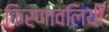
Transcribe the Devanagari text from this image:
किरणावलियों